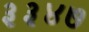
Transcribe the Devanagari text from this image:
३३४७